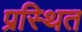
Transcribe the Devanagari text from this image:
प्रस्थित